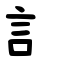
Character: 訁